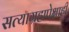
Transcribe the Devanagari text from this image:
सत्याग्रहापेक्षाही